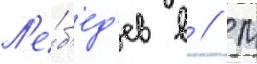
Л'е́б'ед'ев в // М